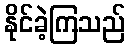
နိုင်ခဲ့ကြသည်